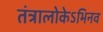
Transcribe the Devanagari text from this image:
तंत्रालोकेऽभिनव